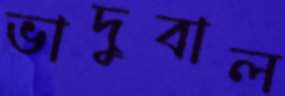
ভাদুবাল